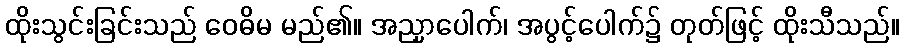
ထိုးသွင်းခြင်းသည် ဝေဓိမ မည်၏။ အညှာပေါက်၊ အပွင့်ပေါက်၌ တုတ်ဖြင့် ထိုးသီသည်။